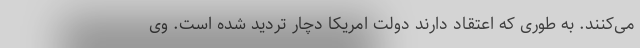
می‌کنند. به طوری که اعتقاد دارند دولت امریکا دچار تردید شده است. وی